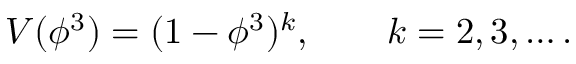
V ( \phi ^ { 3 } ) = ( 1 - \phi ^ { 3 } ) ^ { k } , \qquad k = 2 , 3 , \ldots .